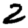
Digit: 2